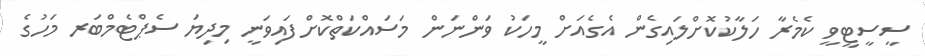
ސީސީޓީވީ ކެމެރާ ހަލާކުކޮށްލައިގެން އެގެއަށް މީހަކު ވަންނަން މަސައްކަތްކޮށްފައިވަނީ މިދިޔަ ސެޕްޓެމްބަރ މަހުގެ